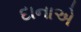
દાનાએ